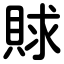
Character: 賕